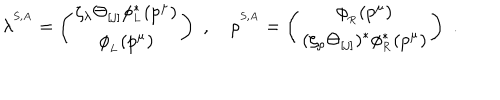
LaTeX: \lambda ^ { ^ { S , A } } = \left( \begin{matrix} { { \zeta _ { \lambda } \Theta _ { [ j ] } \phi _ { _ L } ^ { \ast } ( p ^ { \mu } ) } } \\ { { \phi _ { _ L } ( p ^ { \mu } ) } } \\ \end{matrix} \right) \, \, , \quad \rho ^ { ^ { S , A } } = \left( \begin{matrix} { { \phi _ { _ R } ( p ^ { \mu } ) } } \\ { { ( \zeta _ { \rho } \Theta _ { [ j ] } ) ^ { \ast } \phi _ { _ R } ^ { \ast } ( p ^ { \mu } ) } } \\ \end{matrix} \right) \, \, .